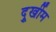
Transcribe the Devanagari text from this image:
दुूर्खीम